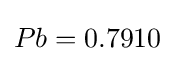
Pb=0.7910